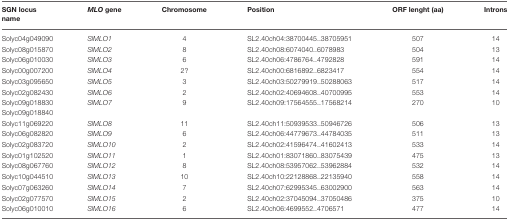
<table><thead><tr><td><b>SGN locus name</b></td><td><b><i>MLO</i> gene</b></td><td><b>Chromosome</b></td><td><b>Position</b></td><td><b>ORF lenght (aa)</b></td><td><b>Introns</b></td></tr></thead><tbody><tr><td>Solyc04g049090</td><td><i>SlMLO1</i></td><td>4</td><td>SL2.40ch04:38700445.38705951</td><td>507</td><td>14</td></tr><tr><td>Solyc08g015870</td><td><i>SlMLO2</i></td><td>8</td><td>SL2.40ch08:6074040.6078983</td><td>504</td><td>13</td></tr><tr><td>Solyc06g010030</td><td><i>SlMLO3</i></td><td>6</td><td>SL2.40ch06:4786764.4792828</td><td>591</td><td>14</td></tr><tr><td>Solyc00g007200</td><td><i>SlMLO4</i></td><td>2?</td><td>SL2.40ch00:6816892.6823417</td><td>554</td><td>14</td></tr><tr><td>Solyc03g095650</td><td><i>SlMLO5</i></td><td>3</td><td>SL2.40ch03:50279919.50288063</td><td>517</td><td>14</td></tr><tr><td>Solyc02g082430</td><td><i>SlMLO6</i></td><td>2</td><td>SL2.40ch02:40694608.40700995</td><td>553</td><td>14</td></tr><tr><td>Solyc09g018830 Solyc09g018840</td><td><i>SlMLO7</i></td><td>9</td><td>SL2.40ch09:17564555.17568214</td><td>270</td><td>10</td></tr><tr><td>Solyc11g069220</td><td><i>SlMLO8</i></td><td>11</td><td>SL2.40ch11:50939533.50946726</td><td>506</td><td>13</td></tr><tr><td>Solyc06g082820</td><td><i>SlMLO9</i></td><td>6</td><td>SL2.40ch06:44779673.44784035</td><td>511</td><td>13</td></tr><tr><td>Solyc02g083720</td><td><i>SlMLO10</i></td><td>2</td><td>SL2.40ch02:41596474.41602413</td><td>533</td><td>14</td></tr><tr><td>Solyc01g102520</td><td><i>SlMLO11</i></td><td>1</td><td>SL2.40ch01:83071860.83075439</td><td>475</td><td>13</td></tr><tr><td>Solyc08g067760</td><td><i>SlMLO12</i></td><td>8</td><td>SL2.40ch08:53957062.53962884</td><td>532</td><td>14</td></tr><tr><td>Solyc10g044510</td><td><i>SlMLO13</i></td><td>10</td><td>SL2.40ch10:22128868.22135940</td><td>558</td><td>14</td></tr><tr><td>Solyc07g063260</td><td><i>SlMLO14</i></td><td>7</td><td>SL2.40ch07:62995345.63002900</td><td>563</td><td>14</td></tr><tr><td>Solyc02g077570</td><td><i>SlMLO15</i></td><td>2</td><td>SL2.40ch02:37045094.37050486</td><td>375</td><td>10</td></tr><tr><td>Solyc06g010010</td><td><i>SlMLO16</i></td><td>6</td><td>SL2.40ch06:4699552.4706571</td><td>477</td><td>14</td></tr></tbody></table>